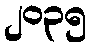
၂၀၃၅